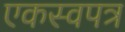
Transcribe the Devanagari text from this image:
एकस्वपत्र